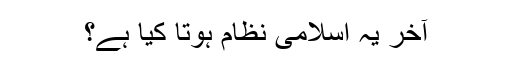
آخر یہ اسلامی نظام ہوتا کیا ہے؟